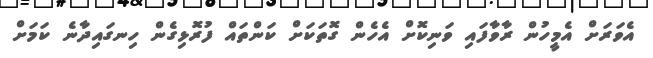
އެވަރަށް އެމީހުން ރާވާފައި ވަނިކޮށް އެހެން ގޮތަކަށް ކަންތައް ފުރޮޅިގެން ހިނގައިދާނެ ކަމަށް